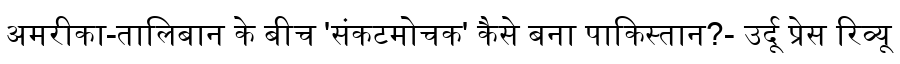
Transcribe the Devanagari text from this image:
अमरीका-तालिबान के बीच 'संकटमोचक' कैसे बना पाकिस्तान?- उर्दू प्रेस रिव्यू